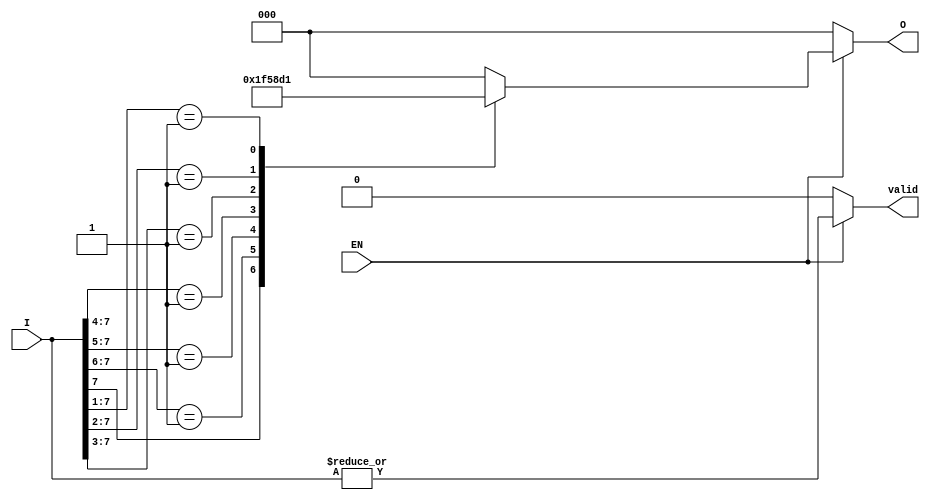
module priority_encoder (
    input wire [7:0] I,    // 8 input lines (I0 to I7)
    input wire EN,         // Enable signal
    output reg [2:0] O,    // 3 output lines (O0, O1, O2)
    output reg valid       // Valid signal to indicate if any input is active
);

// Always block triggered by changes in inputs or enable
always @(*) begin
    if (EN) begin
        casez (I)         // Using casez to handle don't care conditions
            8'b1??????? : O = 3'd7; // I7 is active
            8'b01?????? : O = 3'd6; // I6 is active
            8'b001????? : O = 3'd5; // I5 is active
            8'b0001???? : O = 3'd4; // I4 is active
            8'b00001??? : O = 3'd3; // I3 is active
            8'b000001?? : O = 3'd2; // I2 is active
            8'b0000001? : O = 3'd1; // I1 is active
            8'b00000001 : O = 3'd0; // I0 is active
            default: O = 3'd0;       // No active input defaults to 0
        endcase
        valid = |I; // valid is high if at least one input is active
    end else begin
        O = 3'd0; // Set outputs to 0 when EN is low
        valid = 1'b0; // Invalid if enable is low
    end
end

endmodule